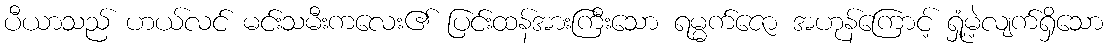
ပီယာသည် ဟယ်လင် မင်းသမီးကလေး၏ ပြင်းထန်အားကြီးသော ရမ္မက်ဇော အဟုန်ကြောင့် ရှုံ့မဲ့လျက်ရှိသော